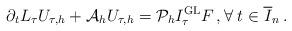
LaTeX: \begin{align*}\partial_t L_\tau U_{\tau,h} + \mathcal A_h U_{\tau,h} = \mathcal P_h I_\tau^{\operatorname{GL}} F \,, \forall \; t\in \overline I_n\,.\end{align*}